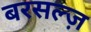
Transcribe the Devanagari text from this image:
बरसल्ज़